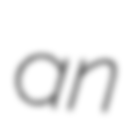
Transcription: an